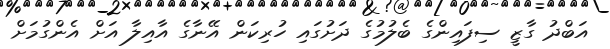
އަބްދު ގާޒީ ސިފައިންގެ ބެލުމުގެ ދަށުގައި ހުރިކަން އޭނާގެ އާއިލާ އަށް އެންގުމަށް